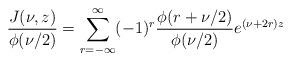
LaTeX: \begin{align*}\frac{J(\nu, z)}{\phi(\nu/2)} = \sum^{\infty}_{r=-\infty}(-1)^r\frac{\phi (r+\nu/2)}{\phi(\nu/2)}e^{(\nu+2r)z}\end{align*}